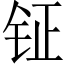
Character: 钲